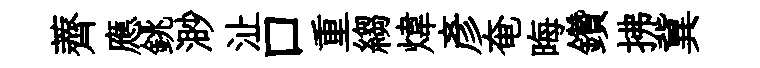
薺應銚渺沚口重縐煒彥奄晦鑽拂冀